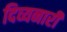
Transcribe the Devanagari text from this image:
दिव्यनारी